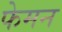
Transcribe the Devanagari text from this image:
फेमन